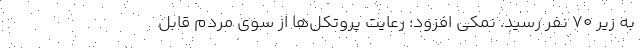
به زیر ۷۰ نفر رسید. نمکی افزود: رعایت پروتکل‌ها از سوی مردم قابل